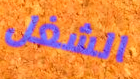
الشغل